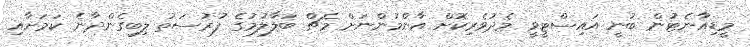
މީޑިއާނެޓުން ބުނީ އައިސްޓީވީ މެދުވެރިކޮށް އާންމުންނަށް މެޗް ބަލާލުމުގެ ފުރުސަތު ލިބިގެންދާނެ ކަމަށާއި